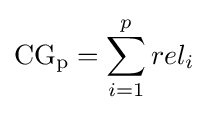
\mathrm {CG_{p}} =\sum _{i=1}^{p}rel_{i}